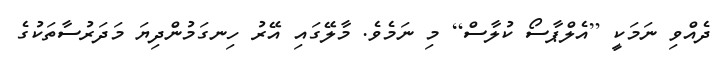
ދެއްވި ނަމަކީ [އެލްޕާސޯ ކުލާސް] މި ނަމެވެ. މާލޭގައި އޭރު ހިނގަމުންދިޔަ މަދަރުސާތަކުގެ